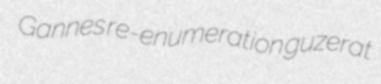
Gannes re-enumeration guzerat